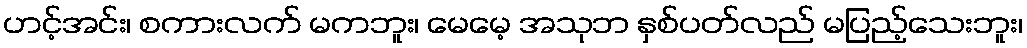
ဟင့်အင်း၊ စကားလက် မကဘူး၊ မေမေ့ အသုဘ နှစ်ပတ်လည် မပြည့်သေးဘူး၊